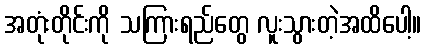
အတုံးတိုင်းကို သကြားရည်တွေ လူးသွားတဲ့အထိပေါ့။